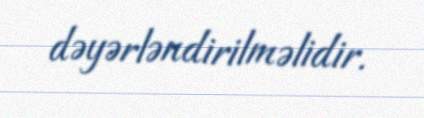
dəyərləndirilməlidir.